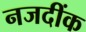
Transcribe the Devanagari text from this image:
नजदींक